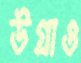
উগ্‌রাও